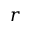
r